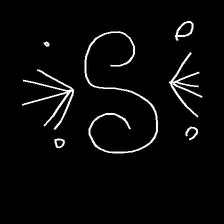
Glyph: aeroform